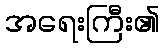
အရေးကြီး၏